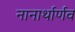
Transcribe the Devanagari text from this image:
नानार्थार्णव